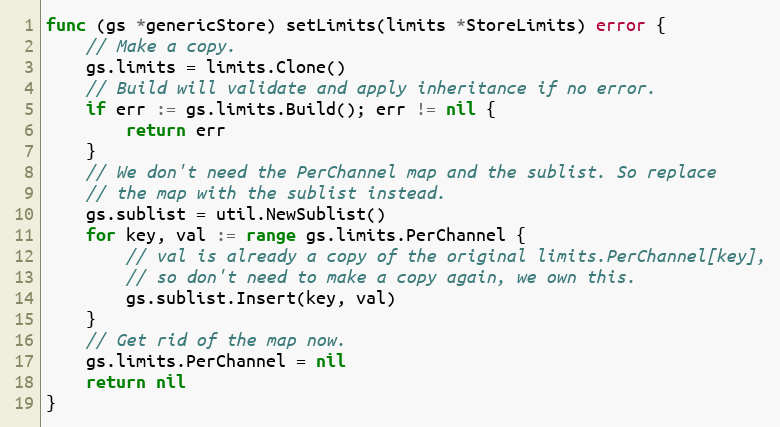
Language: Go
func (gs *genericStore) setLimits(limits *StoreLimits) error {
	// Make a copy.
	gs.limits = limits.Clone()
	// Build will validate and apply inheritance if no error.
	if err := gs.limits.Build(); err != nil {
		return err
	}
	// We don't need the PerChannel map and the sublist. So replace
	// the map with the sublist instead.
	gs.sublist = util.NewSublist()
	for key, val := range gs.limits.PerChannel {
		// val is already a copy of the original limits.PerChannel[key],
		// so don't need to make a copy again, we own this.
		gs.sublist.Insert(key, val)
	}
	// Get rid of the map now.
	gs.limits.PerChannel = nil
	return nil
}